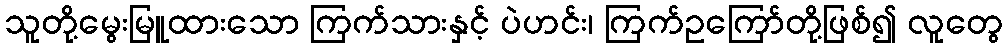
သူတို့မွေးမြူထားသော ကြက်သားနှင့် ပဲဟင်း၊ ကြက်ဥကြော်တို့ဖြစ်၍ လူတွေ